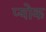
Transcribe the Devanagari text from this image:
प्योक